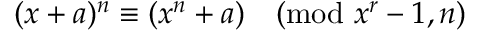
( x + a ) ^ { n } \equiv ( x ^ { n } + a ) { \pmod { x ^ { r } - 1 , n } }